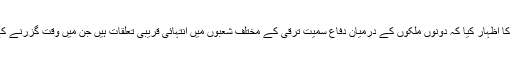
انھوں نے اس امر پر مسرت کا اظہار کیا کہ دونوں ملکوں کے درمیان دفاع سمیت ترقی کے مختلف شعبوں میں انتہائی قریبی تعلقات ہیں جن میں وقت گزرنے کے ساتھ اضافہ ہوتا جائے گا۔